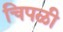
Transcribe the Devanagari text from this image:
चिपळी